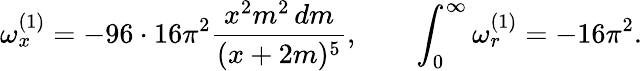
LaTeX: \omega_{x}^{(1)}=-96\cdot 16\pi^{2}{\frac{x^{2}m^{2}\, dm}{(x+2m)^{5}}},\quad\quad\int_{0}^{\infty}\omega_{r}^{(1)}=-16\pi^{2}.